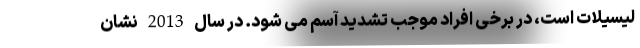
لیسیلات است، در برخی افراد موجب تشدید آسم می شود. در سال 2013 نشان